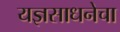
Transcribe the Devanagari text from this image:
यज्ञसाधनेचा